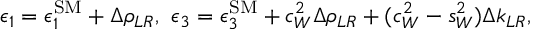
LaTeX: \epsilon _ { 1 } = \epsilon _ { 1 } ^ { \mathrm { S M } } + \Delta \rho _ { L R } , \ \epsilon _ { 3 } = \epsilon _ { 3 } ^ { \mathrm { S M } } + c _ { W } ^ { 2 } \Delta \rho _ { L R } + ( c _ { W } ^ { 2 } - s _ { W } ^ { 2 } ) \Delta k _ { L R } ,